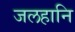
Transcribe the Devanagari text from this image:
जलहानि